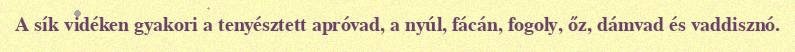
A sík vidéken gyakori a tenyésztett apróvad, a nyúl, fácán, fogoly, őz, dámvad és vaddisznó.